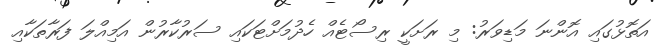
އަތޮޅުގައި އޮންނަ މަޑިވަރު: މި ރަށަކީ ރިސޯޓެއް ހެދުމަށްޓަކައި ސަރުކާރުން އަމިއްލަ ފަރާތަކާއި